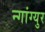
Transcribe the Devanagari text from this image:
न्गांग्युर